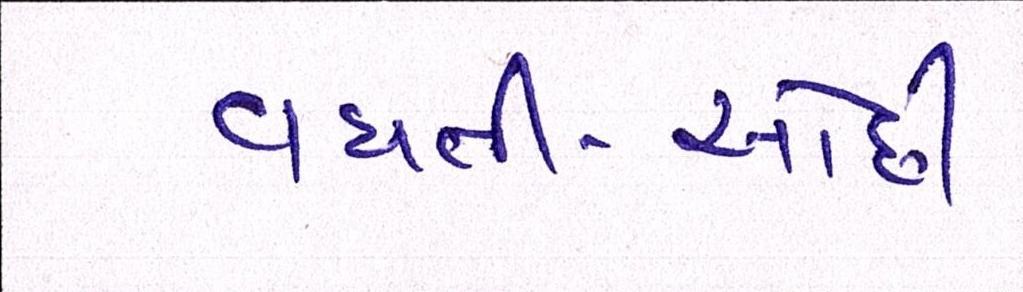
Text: વધતી-ઓછી